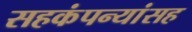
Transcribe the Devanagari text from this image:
सहकंपन्यांसह